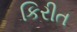
કિરીત